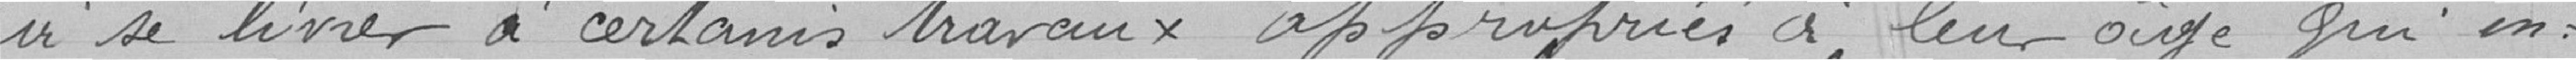
à se livrer à certains travaux appropriés à leur age qui en: